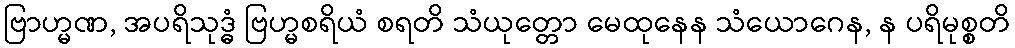
ဗြာဟ္မဏ, အပရိသုဒ္ဓံ ဗြဟ္မစရိယံ စရတိ သံယုတ္တော မေထုနေန သံယောဂေန, န ပရိမုစ္စတိ